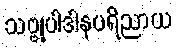
သဗ္ဗုပါဒါနပရိညာယ